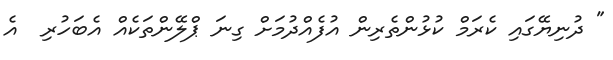
" ދުނިޔޭގައި ކެރަމް ކުުޅުންތެރިން އުފެއްދުމަށް ގިނަ ޕްލޭންތަކެއް އެބަހުރި  އެ